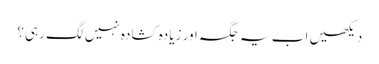
دیکھیں اب یہ جگہ اور زیادہ کشادہ نہیں لگ رہی؟